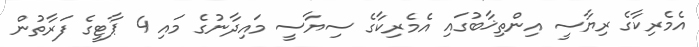
އެމެރިކާގެ ރިޔާސީ އިންތިޚާބުގައި އެމެރިކާގެ ސިޔާސީ މައިދާނުގެ މައި 4 ޕާޓީގެ ފަރާތުން